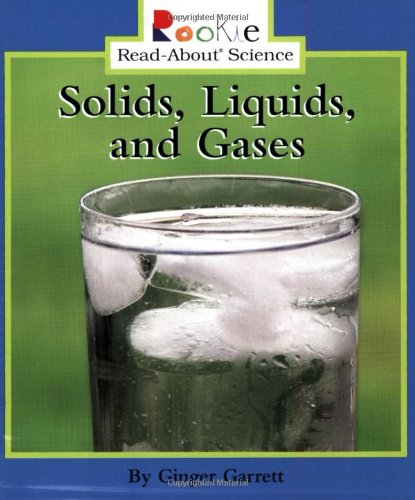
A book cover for Solids, Liquids, And Gases (Rookie Read-About Science); Ginger Garrett; Children's Books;